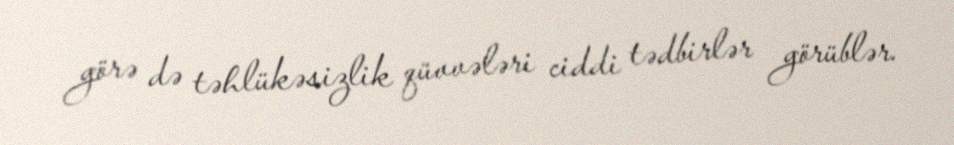
görə də təhlükəsizlik qüvvələri ciddi tədbirlər görüblər.